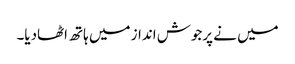
میں نے پرجوش انداز میں ہاتھ اٹھادیا۔